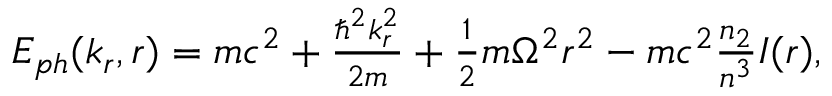
\begin{array} { r } { E _ { p h } ( k _ { r } , r ) = m c ^ { 2 } + \frac { \hbar ^ { 2 } k _ { r } ^ { 2 } } { 2 m } + \frac { 1 } { 2 } m \Omega ^ { 2 } r ^ { 2 } - m c ^ { 2 } \frac { n _ { 2 } } { n ^ { 3 } } I ( r ) , } \end{array}